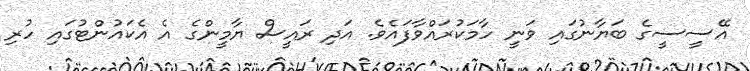
އޭސީސީގެ ބަޔާނުގައި ވަނީ ހާމަކުރައްވާފައެވެ. އަދި ރައީސް ޔާމީންގެ އެ އެކައުންޓުގައި ހުރި